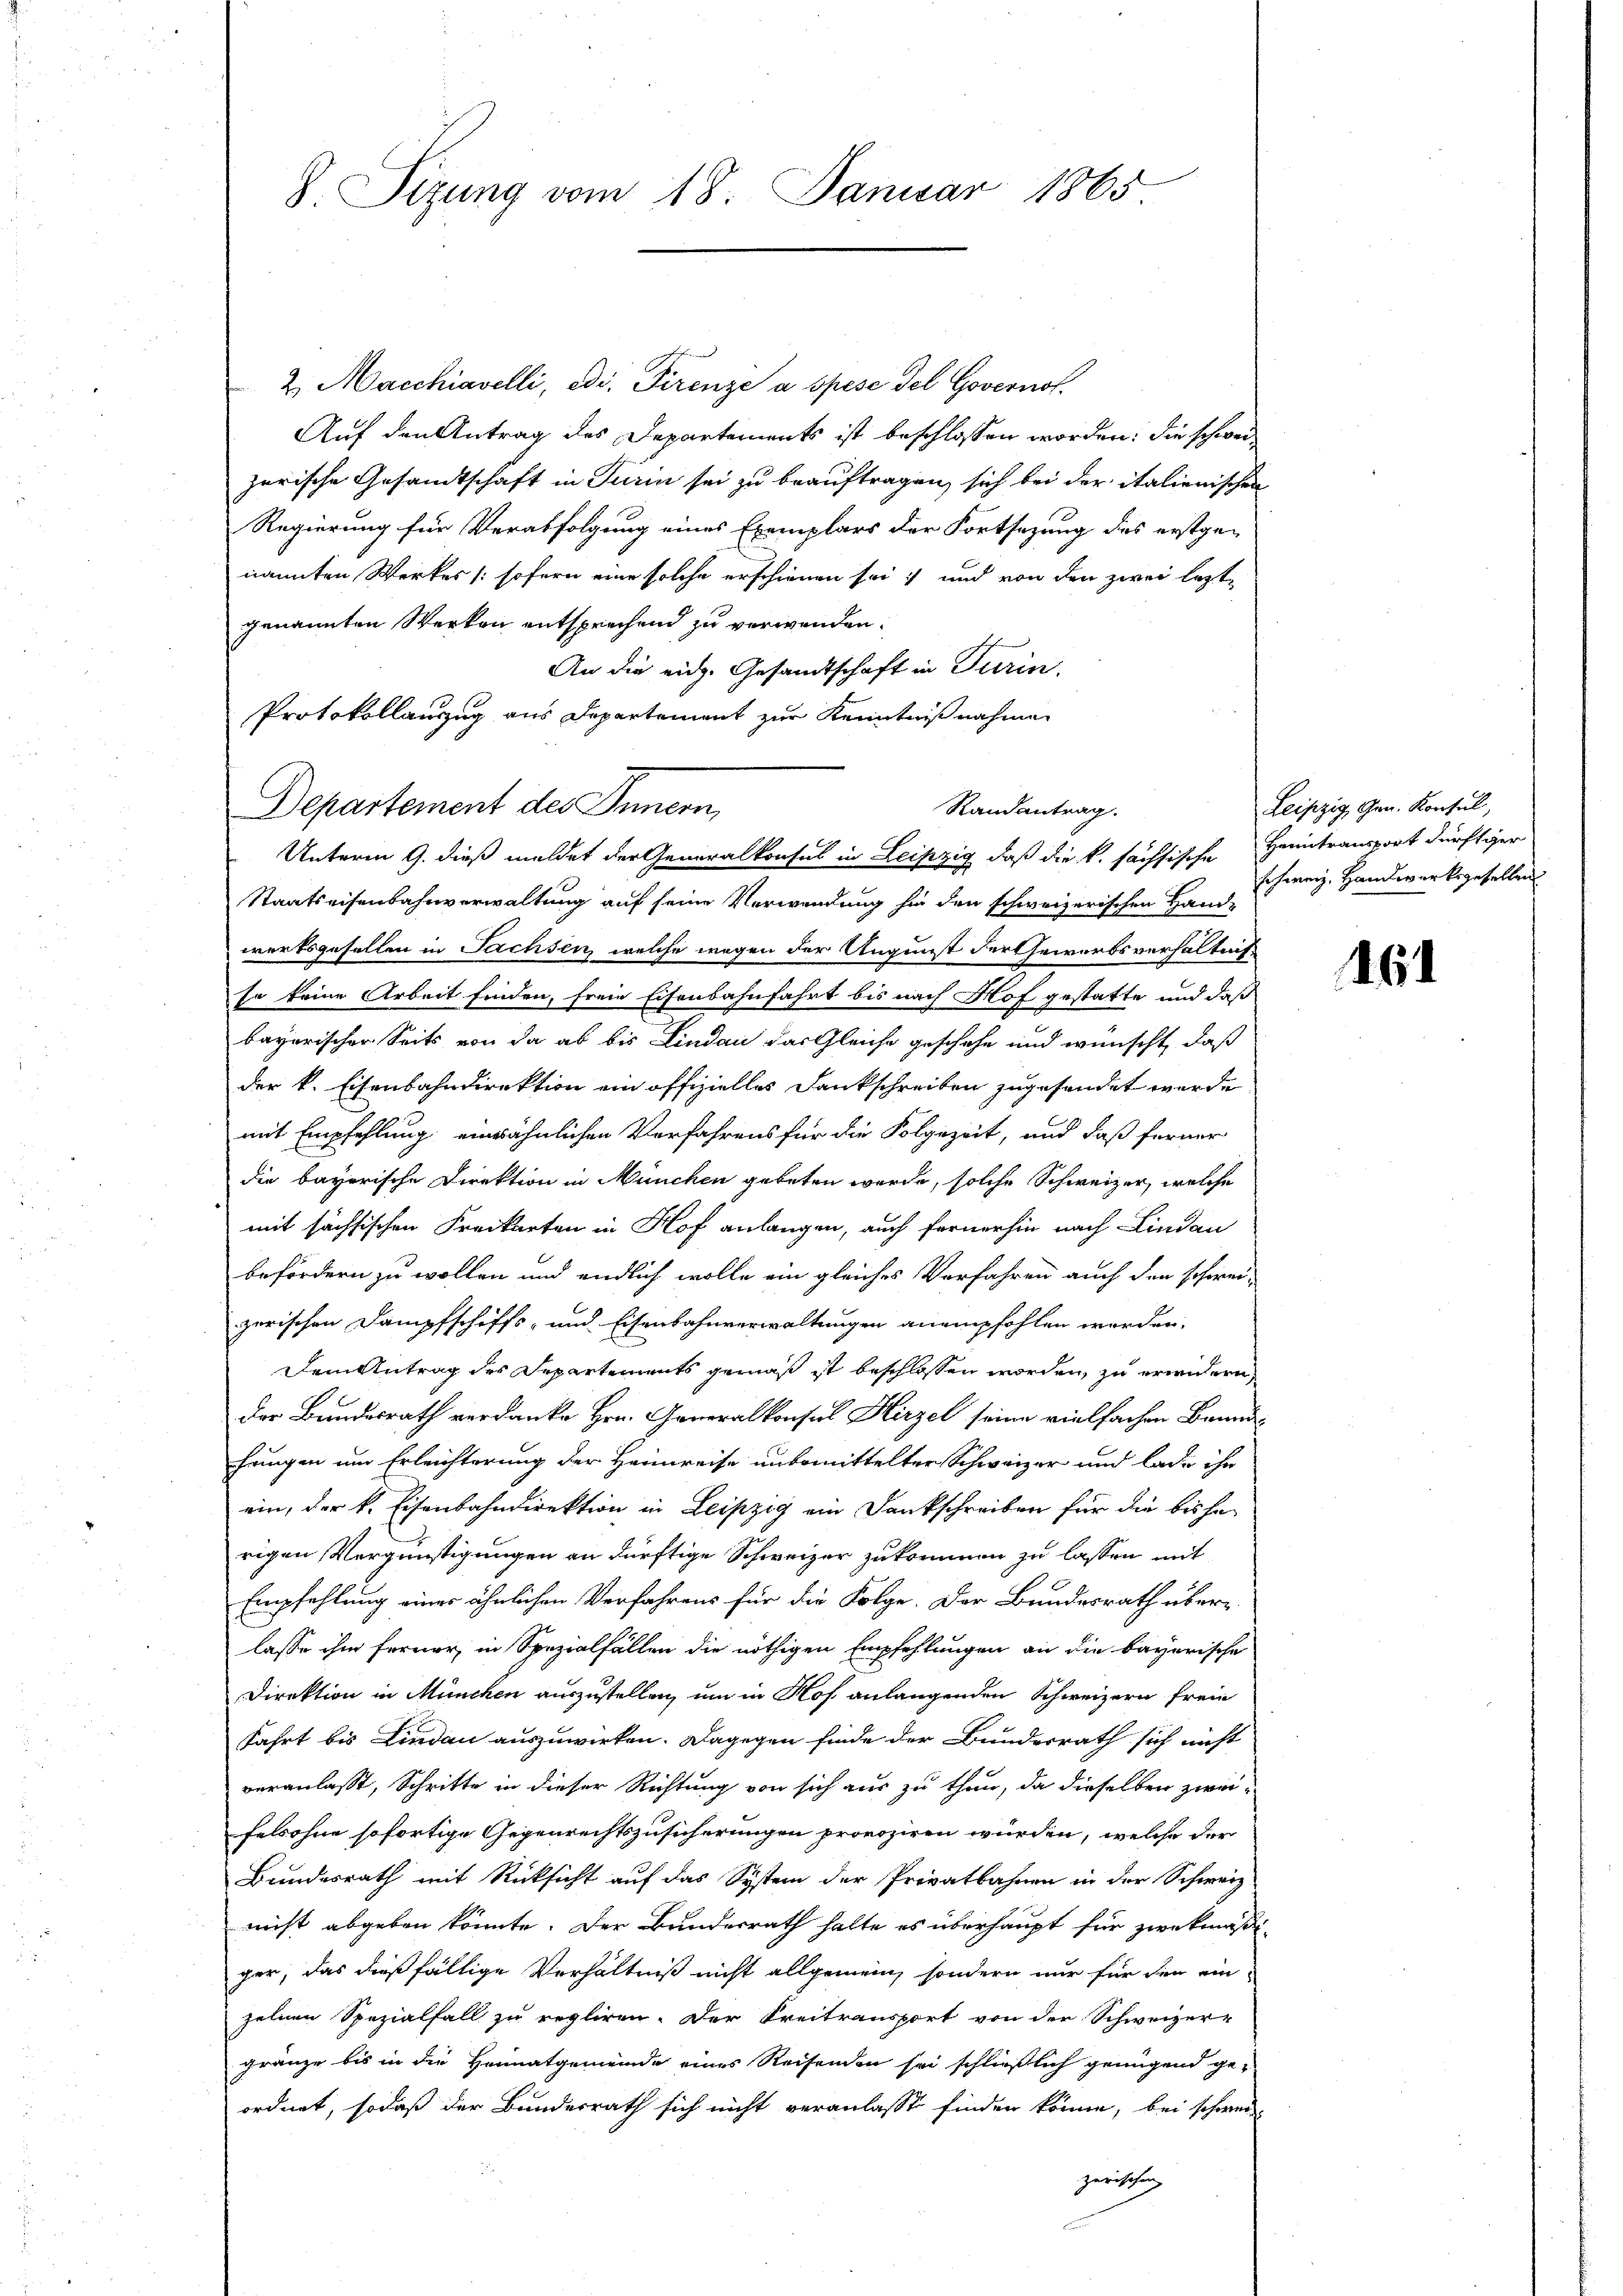
2. Marchiavelli, edi. Pirenze a spese del Governof
Auf den Antrag des Departements ist beschlossen worden; die schweizerische Gesandtschaft in Turin sei zu beauftragen, sich bei der italienischen
Regierung für Verabfolgung eines Exemplars der Fortsezung des erstge-
nannten Werkes (sofern eine solche erschienen sei, und von den zwei lezte
genannten Werken entsprechend zu verwenden.
An die eidg. Gesandtschaft in Turin.
Protokollauszug aus Departement zur Kenntnißnahmen
Departement des Innern,
Unterm 9. dieß meldet der Generalkonsul in Leipzig, daß die k. fachsische Heimtransport dürftiger
Staatseisenbahnverwaltung auf seine Verwendung hin den schweizerischen Hand-
werksgesellen in Sachsen, welche wegen der Augunst der Gewerbsverhältnis
so keine Arbeit finden, freie Eisenbahnfahrt bis nach Hof gestatte und daß
bayerischer Seits von da ab bis Lindau das Gleiche geschehe und wünscht, daß
der k. Eisenbahndirektion ein offizielles Dankschreiben zugesendet werde
mit Empfehlung einwähnlichen Vorfahrens für die Folgezeit, und daß ferner
die bayerische Direktion in München gebeten werde, solche Schweizer, welche
mit sächsischen Freikarten in Hof anlangen, auch fernerhin nach Lindau
befördern zu wollen und endlich wolle ein gleiches Verfahren auch den schwei-
zerischen Dampfschiffs- und Eisenbahnverwaltungen anempfohlen worden.
Dem Antrag des Departements gemäß ist beschlossen worden, zu erwidern
der Bundesrath verdanke Hrn. Generalkonsul Hirzel seine vielfachen Beundhrungen um Erleichterung der Heimreise unbemittelter Schweizer und lade ihn
ein, der k. Eisenbahndirektion in Leipzig ein Dankschreiben für die bisherigen Vergünstigungen an dürftige Schweizer zukommen zu lassen mit
Empfehlung eines ähnlichen Verfahrens für die Folge. Der Bundesrath überlasse ihm ferner, in Spezialfällen die nöthigen Empfehlungen an die bayerische
Direktion in München auszustellen, um in Hof anlangenden Schweizern frei
fahrt bis Lindau auszuwirken. Dagegen finde der Bundesrath sich nicht
veranlasst, Schritte in dieser Richtung von sich aus zu thun, da dieselben zweifelsohne sofortige Gegenrechtszusicherungen provoziren würden, welche der
Bundesrath mit Rücksicht auf das System der Privatbahnen in der Schwerz
nicht abgeben könnte. Der Bundesrath halte es überhaupt für zwekmäßiger, das dießfällige Verhältniß nicht allgemein sondern nur für den ein
zelnen Spezialfall zu regliren. Der Kreitransport von der Schweizer-
gränze bis in die Heimatgemeinde eines Reisenden sei schließlich genügend ge-
ordnet, sodaß der Bundesrath sich nicht veranlasse finden könne, bei schwerzerischen

8. Sizung vom 18. Januar 1865

Randantrag.

Leipzig Gen. Konsul,
schweiz. Handwerksgesellen

161